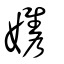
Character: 孈